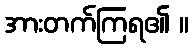
အားတက်ကြရ၏ ။